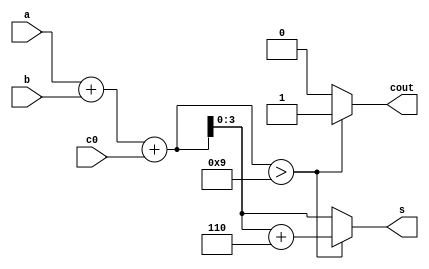
`timescale 1ns / 1ps
//////////////////////////////////////////////////////////////////////////////////
// Company: 
// Engineer: 
// 
// Design Name: 
// Module Name: bcd_adder_behav
// Project Name: 
// Target Devices: 
// Tool Versions: 
// Description: 
// 
// Dependencies: 
// 
// Revision:
// Revision 0.01 - File Created
// Additional Comments:
// 
//////////////////////////////////////////////////////////////////////////////////
//By Vedant A Sontake(B20EE095)
//Lab-5:Work 4. Write a behavioural code for implementing
//a. a BCD Adder/Subtractor Unit.

module bcd_adder_behav(a,b,c0,s,cout);
input [3:0]a,b;
input c0;
output reg [3:0]s;
output reg cout;
reg [4:0]temp_s;
always@(a,b,c0)
 begin
    temp_s=a+b+c0;
    if(temp_s>9)
     begin
        cout=1;
        temp_s=temp_s+6;
        s=temp_s[3:0];
     end
    else
     begin
        cout=0;
        s=temp_s[3:0];
     end
 end 
endmodule